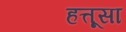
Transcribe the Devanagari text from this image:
हत्तूसा